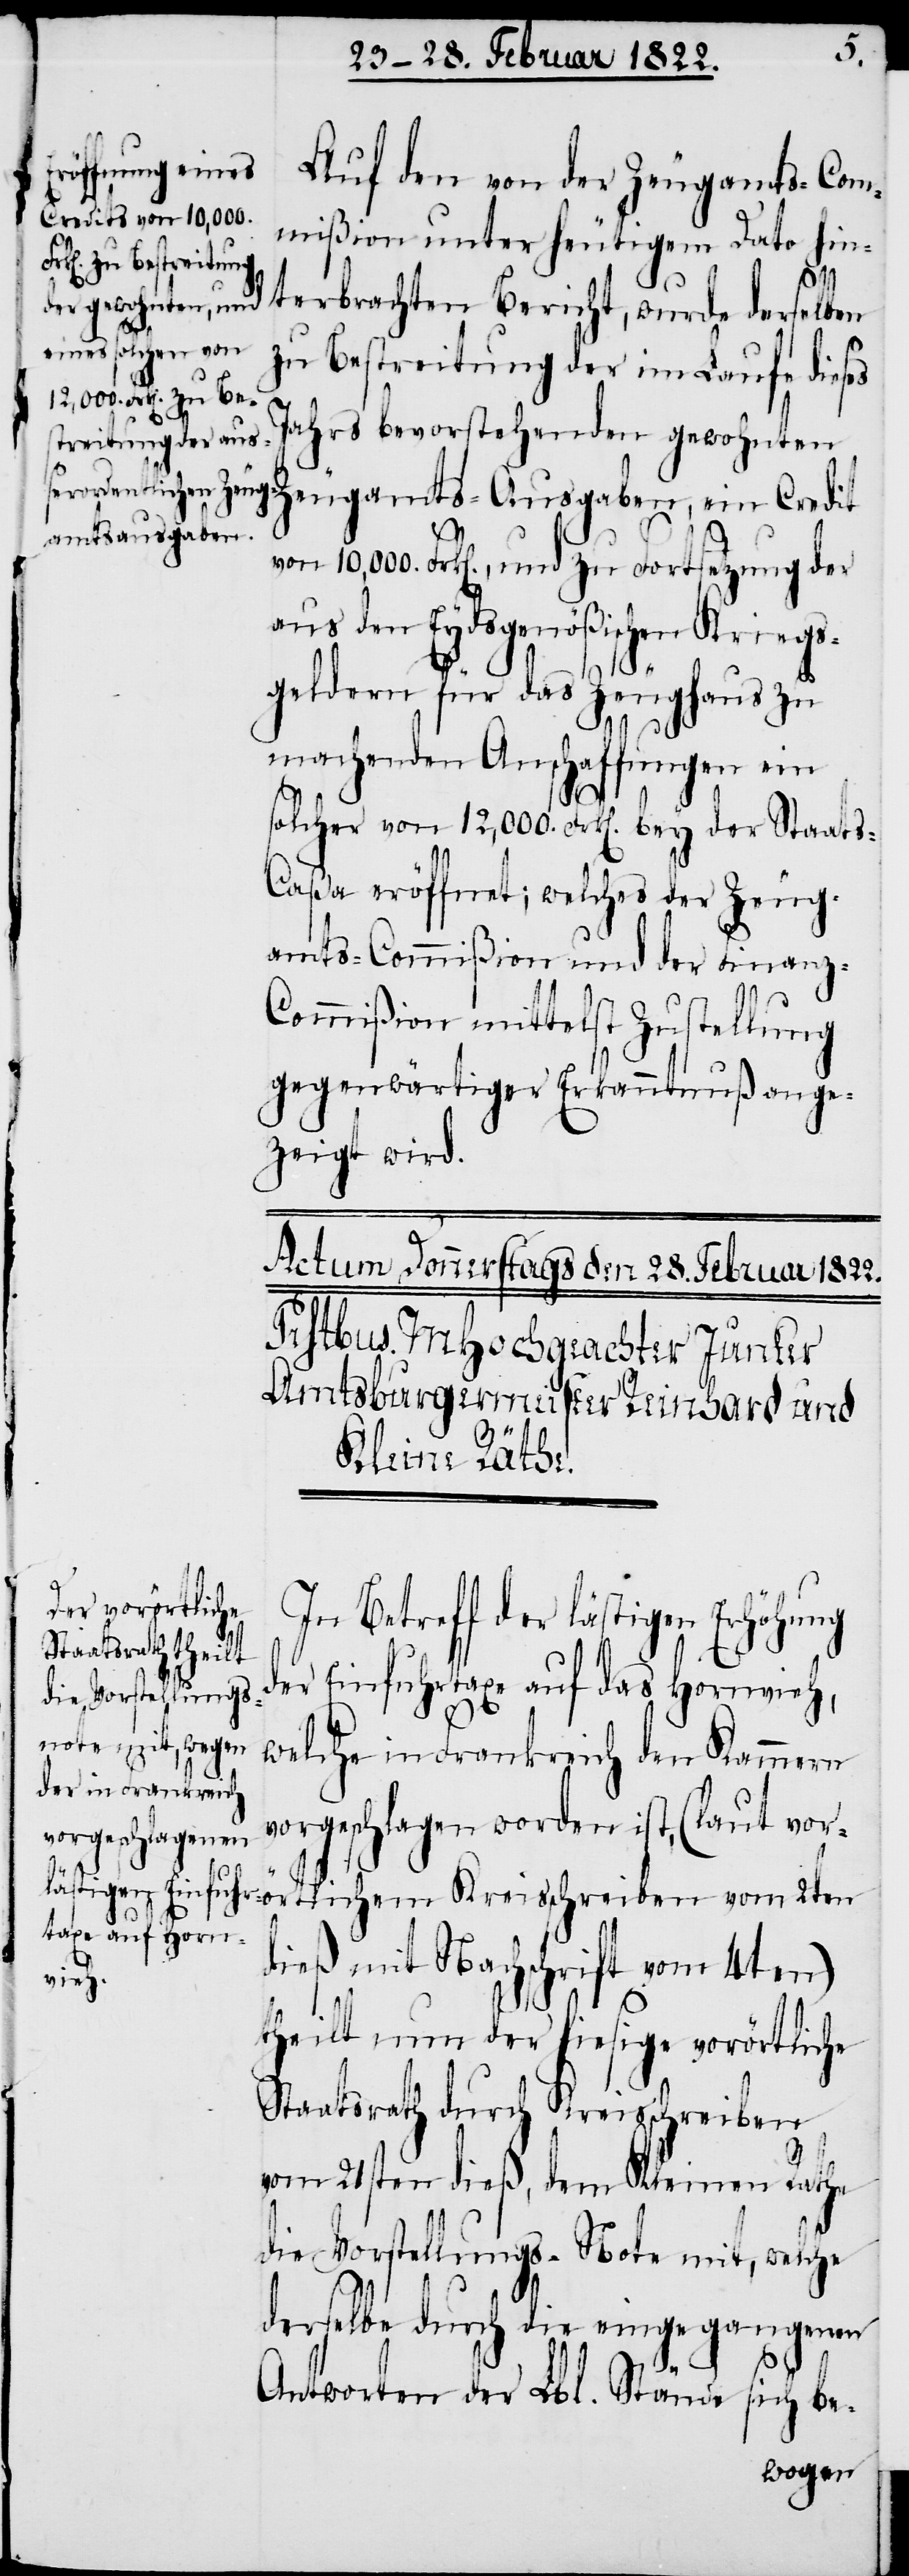
Auf den von der Zeugamts-Com¬
mißion unter heutigem Dato hin¬
terbrachten Bericht, wurde derselben
zu Bestreitung der im Laufe diese
Jahrs bevorstehenden gewohnten
Zeugamts-Ausgaben, ein Credit
von 10,000. Frk[en]., und zu Fortsetzung der
aus dem Eydsgenößischen Kriegs¬
geldern für das Zeughaus zu
machenden Anschaffungen ein
solcher von 12,000. Frk[en]. bey der Staat¬
s-Caßa eröffnet, welches der Zeug¬
amts-Commißion mittelst
gegenwärtiger Erkanntnuß ange¬
zeigt wird.
In Betreff der lästigen Erhöhung
der Einfuhrtaxe auf das Hornvieh,
welche in Frankreich den Kammern
vorgeschlagen worden ist, (laut vorö¬
rtlichem Kreisschreiben vom 2ten
dieß mit Nachschrift vom 4ten)
theilt nun der hiesige vorörtliche
Staatsrath durch Kreisschreiben
vom 21sten dieß, dem Kleinen Rathe
die Vorstellungs-Note mit, welche
derselbe durch die eingegangenen
Antworten der Lbl. Stände sich be-